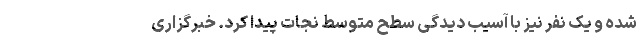
شده و یک نفر نیز با آسیب دیدگی سطح متوسط نجات پیدا کرد. خبرگزاری